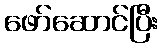
ဖော်ဆောင်ပြီး